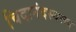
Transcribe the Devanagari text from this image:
चिदानंदस्वरूप